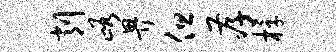
削峪畀但孝桴